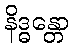
နိဒ္ဓန္တော